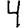
Digit: 4